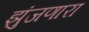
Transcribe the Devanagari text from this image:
झुंजणारा